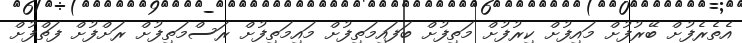
އެތެރެފުށް ބޭރުފުށް މައިފުށް ކިރުފުށް މަތިފުށް ބަފައިމަތިފުށް މައިމަތިފުށް ރަސްމަތިފުށް ރަށްފުށް ފަތްފުށް